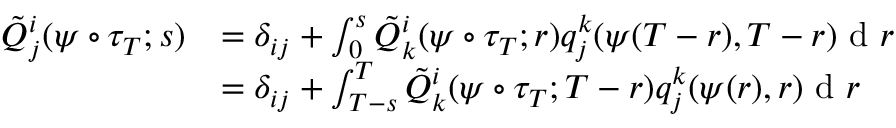
\begin{array} { r l } { \tilde { Q } _ { j } ^ { i } ( \psi \circ \tau _ { T } ; s ) } & { = \delta _ { i j } + \int _ { 0 } ^ { s } \tilde { Q } _ { k } ^ { i } ( \psi \circ \tau _ { T } ; r ) q _ { j } ^ { k } ( \psi ( T - r ) , T - r ) \textrm { d } r } \\ & { = \delta _ { i j } + \int _ { T - s } ^ { T } \tilde { Q } _ { k } ^ { i } ( \psi \circ \tau _ { T } ; T - r ) q _ { j } ^ { k } ( \psi ( r ) , r ) \textrm { d } r } \end{array}